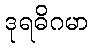
ဒုရဓိဂမာ